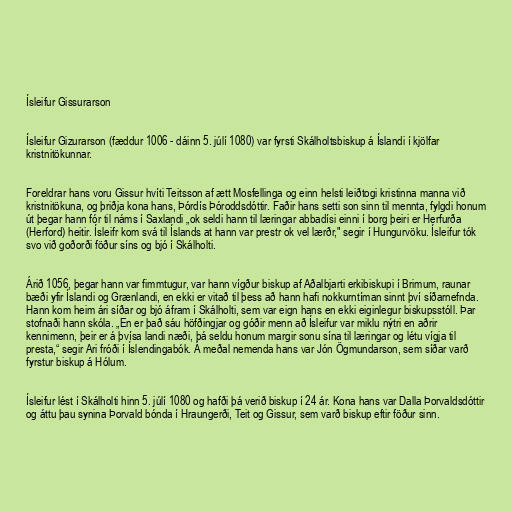
Ísleifur Gissurarson

Ísleifur Gizurarson (fæddur 1006 - dáinn 5. júlí 1080) var fyrsti Skálholtsbiskup á Íslandi í kjölfar
kristnitökunnar.

Foreldrar hans voru Gissur hvíti Teitsson af ætt Mosfellinga og einn helsti leiðtogi kristinna manna við
kristnitökuna, og þriðja kona hans, Þórdís Þóroddsdóttir. Faðir hans setti son sinn til mennta, fylgdi honum
út þegar hann fór til náms í Saxlandi „ok seldi hann til læringar abbadísi einni í borg þeiri er Herfurða
(Herford) heitir. Ísleifr kom svá til Íslands at hann var prestr ok vel lærðr," segir í Hungurvöku. Ísleifur tók
svo við goðorði föður síns og bjó í Skálholti.

Árið 1056, þegar hann var fimmtugur, var hann vígður biskup af Aðalbjarti erkibiskupi í Brimum, raunar
bæði yfir Íslandi og Grænlandi, en ekki er vitað til þess að hann hafi nokkurntíman sinnt því síðarnefnda.
Hann kom heim ári síðar og bjó áfram í Skálholti, sem var eign hans en ekki eiginlegur biskupsstóll. Þar
stofnaði hann skóla. „En er það sáu höfðingjar og góðir menn að Ísleifur var miklu nýtri en aðrir
kennimenn, þeir er á þvísa landi næði, þá seldu honum margir sonu sína til læringar og létu vígja til
presta,“ segir Ari fróði í Íslendingabók. Á meðal nemenda hans var Jón Ögmundarson, sem síðar varð
fyrstur biskup á Hólum.

Ísleifur lést í Skálholti hinn 5. júlí 1080 og hafði þá verið biskup í 24 ár. Kona hans var Dalla Þorvaldsdóttir
og áttu þau synina Þorvald bónda í Hraungerði, Teit og Gissur, sem varð biskup eftir föður sinn.